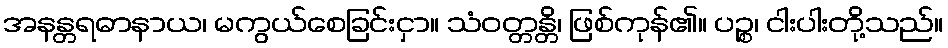
အနန္တရဓာနာယ၊ မကွယ်စေခြင်းငှာ။ သံဝတ္တန္တိ၊ ဖြစ်ကုန်၏။ ပဉ္စ၊ ငါးပါးတို့သည်။